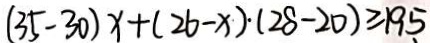
( 3 5 - 3 0 ) x + ( 2 6 - x ) \cdot ( 2 8 - 2 0 ) \geq 1 9 5